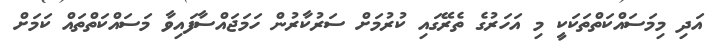
އަދި މިމަސައްކަތްތަކަކީ މި އަހަރުގެ ތެރޭގައި ކުރުމަށް ސަރުކާރުން ހަމަޖައްސާފައިވާ މަސައްކަތްތައް ކަމަށް